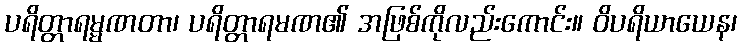
ပရိတ္တာရမ္မဏတာ၊ ပရိတ္တာရမဏ၏ အဖြစ်ကိုလည်းကောင်း။ ဝိပရိယာယေန၊